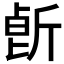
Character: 𣂢